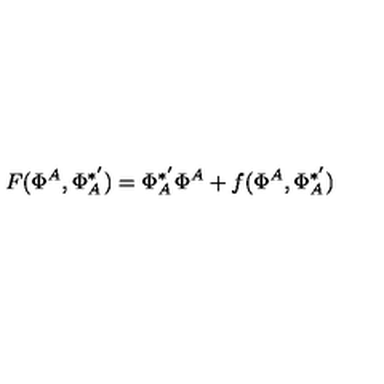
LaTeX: F ( \Phi ^ { A } , \Phi _ { A } ^ { * ^ { \prime } } ) = \Phi _ { A } ^ { * ^ { \prime } } \Phi ^ { A } + f ( \Phi ^ { A } , \Phi _ { A } ^ { * ^ { \prime } } )